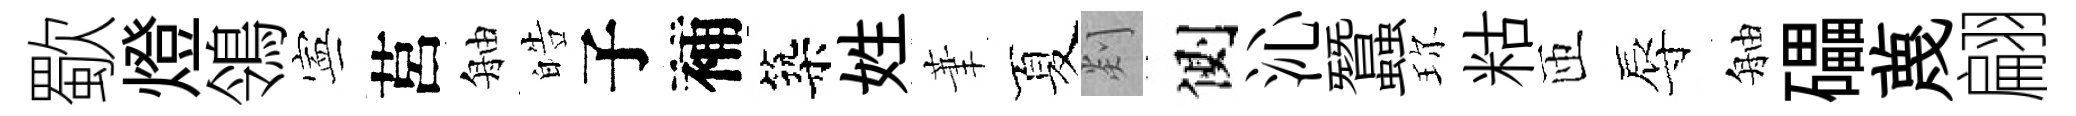
歜燈鴒寕莒舳皓子補築姓茟夏剡側沁蠶珎䊀匝辱舳礧蔑翩